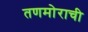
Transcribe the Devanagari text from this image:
तणमोराची